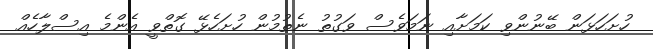
ހުށަހަޅަން ބޭނުންވި ކަމަށާއި ނަމަވެސް ވަގުތު ނެތުމުން ހުށަހެޅޭ ގޮތްވީ އެންމެ އިސްލާހެއް